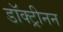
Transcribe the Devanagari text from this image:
डॉक्ट्रीनन